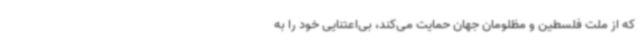
که از ملت فلسطین و مظلومان جهان حمایت می‌کند، بی‌اعتنایی خود را به